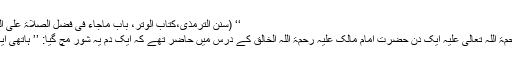
‘‘ (سنن الترمذی،کتاب الوتر، باب ماجاء فی فضل الصلاۃ علی النبی، الحدیث:۴۸۴،ج۲،ص۲۷)
امام ابو محمد یحییٰ بن یحییٰ رَحْمَۃُ اللہ تَعَالٰی عَلَیْہِ ایک دن حضرت امام مالک عَلَیْہِ رَحْمَۃُ اللّٰہِ الْخَالِقْ کے درس میں حاضر تھے کہ ایک دم یہ شور مچ گیا: ’’ ہاتھی آیا ، ہاتھی آیا، ‘‘ غوغا سنتے ہی